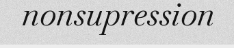
nonsupression